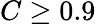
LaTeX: C\geq 0.9